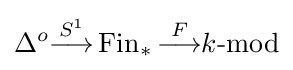
\Delta ^{o}{\overset {S^{1}}{\longrightarrow }}\operatorname {Fin} _{*}{\overset {F}{\longrightarrow }}k{\text{-mod}}